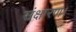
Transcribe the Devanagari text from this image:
संक्षारण।